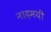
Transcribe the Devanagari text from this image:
नादमयी